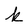
Character: k